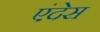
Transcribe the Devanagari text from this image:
एंदेस